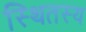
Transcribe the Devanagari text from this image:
स्थितस्य